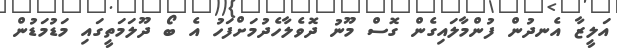
އަލީޒާ އެނދުން ފުންމާލައިގެން ގޮސް މޫނު ދޮވެލާހެދުމަށްފަހު އެ ބޯ ދޫލަމަތީގައި މަޑުމަޑުން